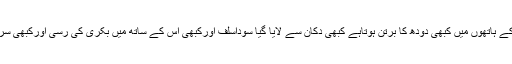
اب اس کے ہاتھوں میں کبھی دودھ کا برتن ہوتاہے کبھی دکان سے لایا گیا سوداسلف اورکبھی اس کے ساتھ میں بکری کی رسی اورکبھی سرکنڈھے۔